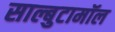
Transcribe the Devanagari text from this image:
साल्बुटामॉल